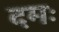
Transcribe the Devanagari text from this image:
दमः